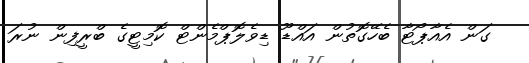
ގަން އެއާޕޯޓާ ބެހޭގޮތުން އައްޑޫ ޑިވެލޮޕްމެންޓް ކޮމިޓީގެ ބްރީފިން ނުރަ